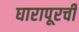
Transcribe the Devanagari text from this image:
घारापूरची